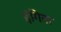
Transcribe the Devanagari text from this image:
इंगिता